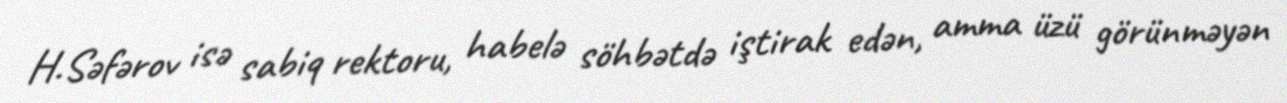
H.Səfərov isə sabiq rektoru, habelə söhbətdə iştirak edən, amma üzü görünməyən